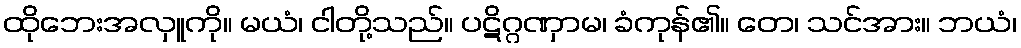
ထိုဘေးအလှူကို။ မယံ၊ ငါတို့သည်။ ပဋိဂ္ဂဏှာမ၊ ခံကုန်၏။ တေ၊ သင်အား။ ဘယံ၊